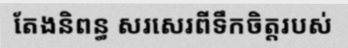
តែងនិពន្ធ សរសេរពីទឹកចិត្តរបស់